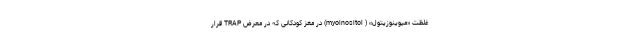
غلظت «میوینوزیتول» ( myoinositol) در مغز کودکانی که در معرض TRAP قرار